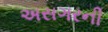
અસગરની